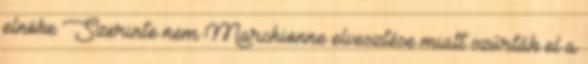
elnöke Szerinte nem Marchionne elvesztése miatt szúrták el a